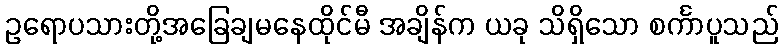
ဥရောပသားတို့အခြေချမနေထိုင်မီ အချိန်က ယခု သိရှိသော စင်္ကာပူသည်